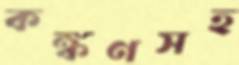
কঙ্কণসহ